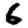
Digit: 6